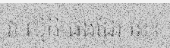
វា ល្មិកិ ផងដែរ នេះ